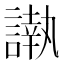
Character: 𮘰